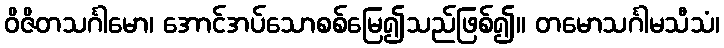
ဝိဇိတသင်္ဂါမော၊ အောင်အပ်သောစစ်မြေ၍သည်ဖြစ်၍။ တမောသင်္ဂါမသီသံ၊